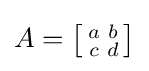
A=\left[{\begin{smallmatrix}a&b\\c&d\end{smallmatrix}}\right]